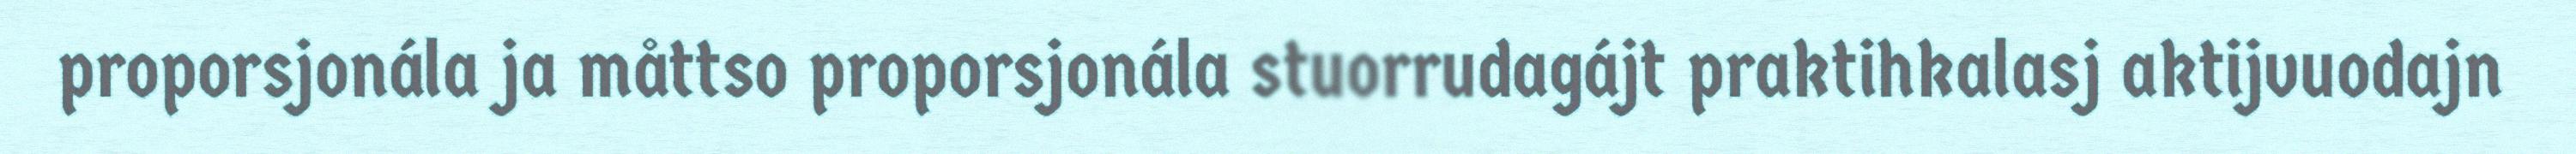
proporsjonála ja måttso proporsjonála stuorrudagájt praktihkalasj aktijvuodajn